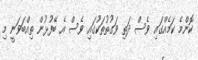
ކޮންމެ ކަމެއްގައި ވެސް ދަތި ވަގުތުތަކުގައި ވެސް އެ ބޭފުޅުން ތިއްބަވަނީ މި